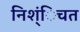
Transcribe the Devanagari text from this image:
निश्ंिचत